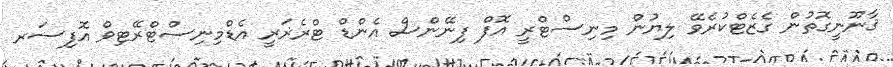
ޤާނޫނީގޮތުން ގެޒެޓްކުރެވޭ ލިޔުން މިނިސްޓްރީ އޮފް ފިނޭންސް އެންޑް ޓްރެޜަރީ އެޑްމިނިސްޓްރޭޓިވް އޮފިސަރ